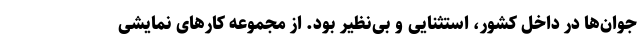
جوان‌ها در داخل کشور، استثنایی و بی‌نظیر بود. از مجموعه کار‌های نمایشی